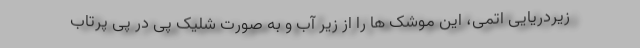
زیردریایی اتمی، این موشک ها را از زیر آب و به صورت شلیک پی در پی پرتاب